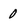
Character: 0